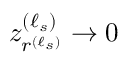
z _ { r ^ { ( \ell _ { s } ) } } ^ { ( \ell _ { s } ) } \to 0